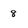
Character: 8